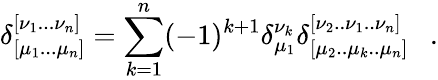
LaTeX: \delta_{[\mu_{1}...\mu_{n}]}^{[\nu_{1}...\nu_{n}]}=\sum_{k=1}^{n}(-1)^{k+1}\delta_{\mu_{1}}^{\nu_{k}}\delta_{[\mu_{2}..\mu_{k}..\mu_{n}]}^{[\nu_{2}..\nu_{1}..\nu_{n}]}~~~.